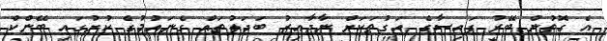
އެ ގޮތުން ބޭރު ފައިސާގެ އަގުތަކަށް ނާޖާއިޒު ބަދަލުތައް ގެނައުމުގެ ކުށުގައި ބޭންކް